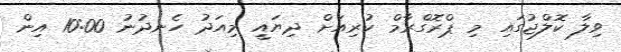
ވިލާ ކޮލްޖުގައި މި ޕްރޮގްރާމް ކުރިއަށް ދިޔައީ މިއަދު ހެނދުނު 10:00 އިން